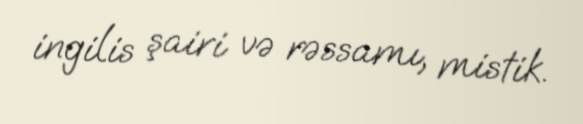
ingilis şairi və rəssamı, mistik.